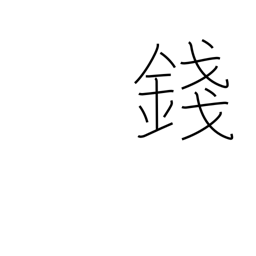
Meaning: 100th of yen